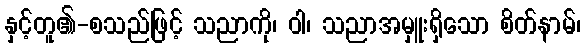
နှင့်တူ၏-စသည်ဖြင့် သညာကို၊ ဝါ၊ သညာအမှူးရှိသော စိတ်နာမ်၊